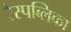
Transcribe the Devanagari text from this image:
रेस्पब्लिका